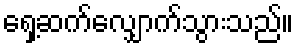
ရှေ့ဆက်လျှောက်သွားသည်။